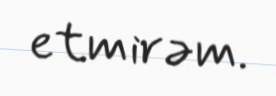
etmirəm.